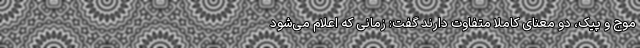
موج و پیک، دو معنای کاملا متفاوت دارند گفت: زمانی که اعلام می‌شود